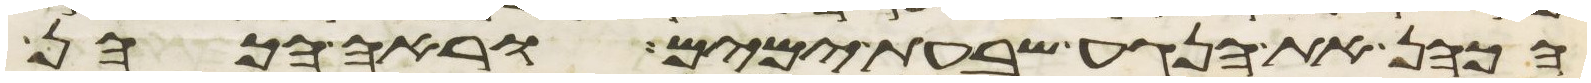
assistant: הכהן את הנגע שבעת ימים וראה הכהן